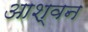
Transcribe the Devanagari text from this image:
आश्वन